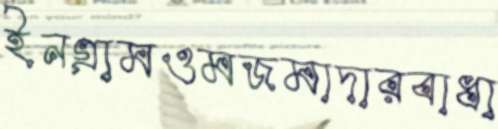
ইনগ্রামওমজমাদারবাধা